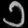
Digit: ၁